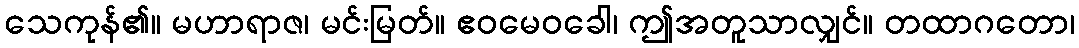
သေကုန်၏။ မဟာရာဇ၊ မင်းမြတ်။ ဧဝမေဝခေါ၊ ဤအတူသာလျှင်။ တထာဂတော၊